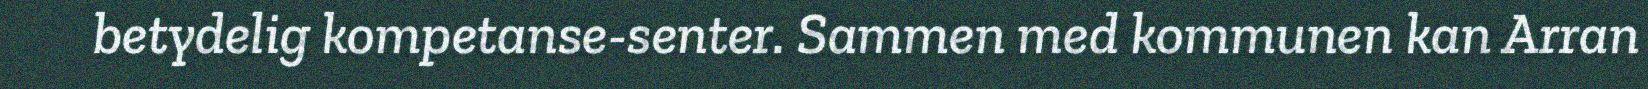
betydelig kompetanse-senter. Sammen med kommunen kan Arran